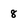
Character: 8